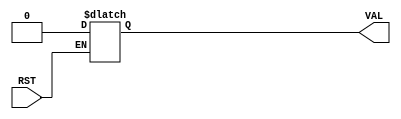
module ResetToBool_2 (RST, VAL);
input RST;
output VAL;
reg VAL;
always @ (RST or VAL)
begin
if (RST == 1)
VAL=1'b0;
end
endmodule